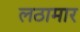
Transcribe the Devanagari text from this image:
लठामार